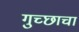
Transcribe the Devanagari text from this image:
गुच्छाचा